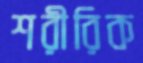
শরীরিক